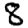
Digit: 8